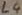
Text: L4